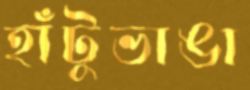
হাঁটুভাঙা